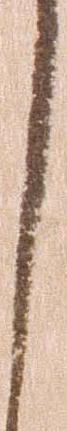
し